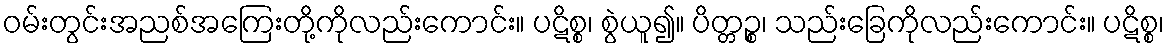
ဝမ်းတွင်းအညစ်အကြေးတို့ကိုလည်းကောင်း။ ပဋိစ္စ၊ စွဲယူ၍။ ပိတ္တဉ္စ၊ သည်းခြေကိုလည်းကောင်း။ ပဋိစ္စ၊